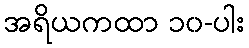
အရိယကထာ ၁၀-ပါး